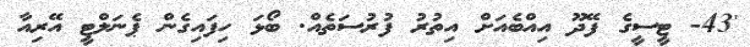
'43- ޓީސީގެ ފޭދޫ އިއްބެއަށް އިތުރު ފުރުސަތެއް. ބޯޅަ ހިފައިގެން ޕެނަލްޓީ އޭރިއާ